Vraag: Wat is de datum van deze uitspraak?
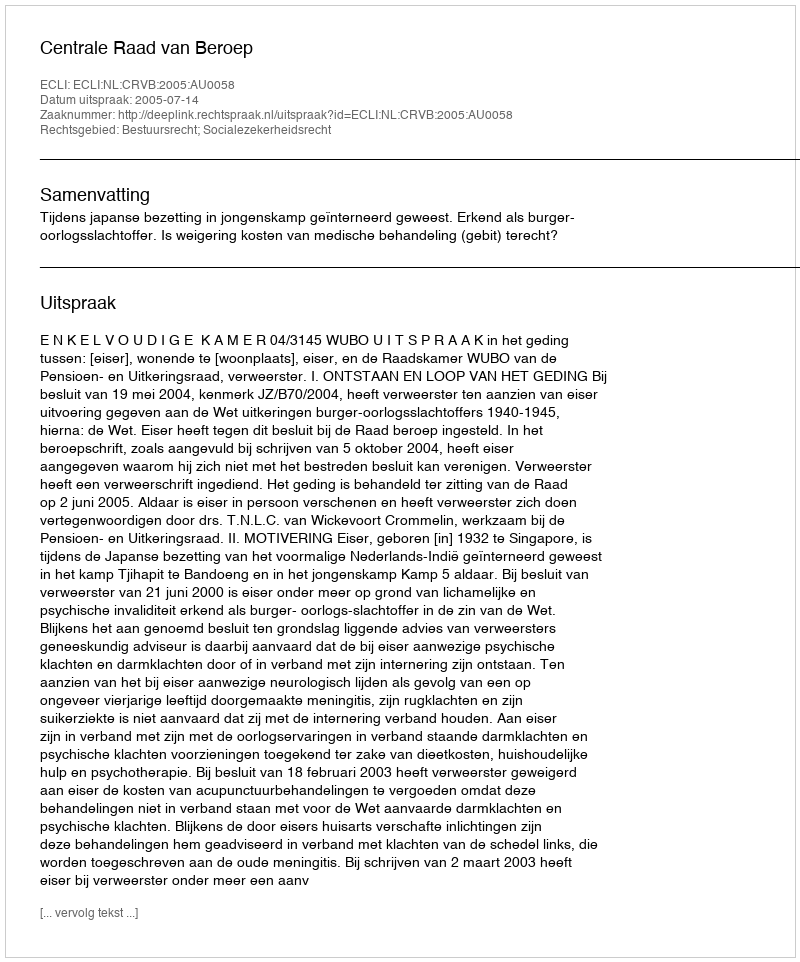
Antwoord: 2005-07-14